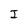
Character: I